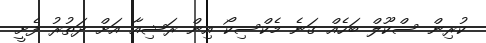
ކުރިން ސްކޫލް ބަހެއް ގަނެ މެކްސިކޯ އިން ރަޝިއާ އަށް ދަތުރު ފެށީ